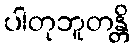
ပါတုဘူတန္တိ